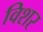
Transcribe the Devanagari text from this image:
विशर